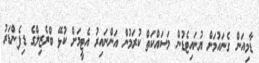
ޑާމިއަން ގެނައުމަށް ޔުނައިޓެޑުން މަސައްކަތް ކުރަމުން އަންނައިރު އެޓީމަށް ކުޅޭ ބްރެޒިލްގެ ޑިފެންޑަރު